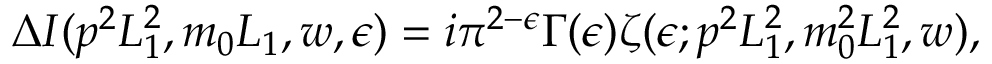
\Delta I ( p ^ { 2 } L _ { 1 } ^ { 2 } , m _ { 0 } L _ { 1 } , w , \epsilon ) = i \pi ^ { 2 - \epsilon } \Gamma ( \epsilon ) \zeta ( \epsilon ; p ^ { 2 } L _ { 1 } ^ { 2 } , m _ { 0 } ^ { 2 } L _ { 1 } ^ { 2 } , w ) ,